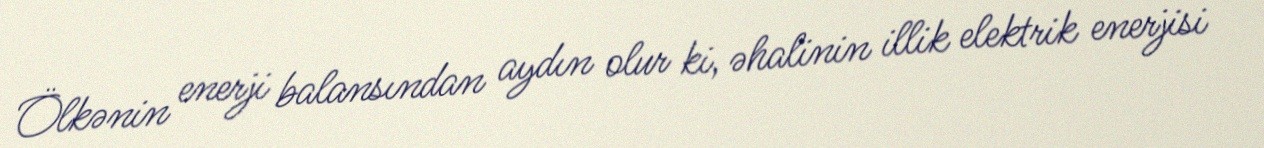
Ölkənin enerji balansından aydın olur ki, əhalinin illik elektrik enerjisi